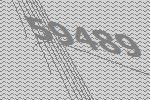
59489